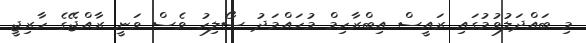
މި ބައްދަލުވުމުގައި ރައީސް އިބްރާހިމް މުހައްމަދު ސޯލިހު ވެސް ވަނީ ރާއްޖޭގެ ހާރިޖީ